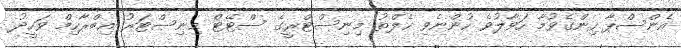
އެންސްޕާ ހިންގެވުމާ ހަވާލުވެ ހުންނެވި ހެލްތު މިނިސްޓްރީގެ ސްޓޭޓް މިނިސްޓަރު އިބްރާހިމް ވަހީދު